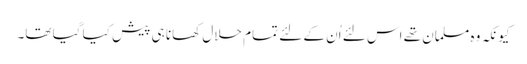
کیونکہ وہ مسلمان تھے اس لئے اُن کے لئے تمام حلال کھانا ہی پیش کیا گیا تھا۔